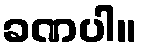
ခဏပါ။